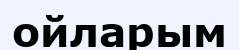
ойларым